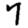
Digit: 7